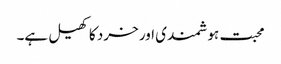
محبت ہوشمندی اور خرد کا کھیل ہے۔